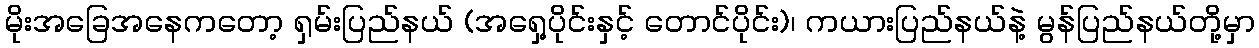
မိုးအခြေအနေကတော့ ရှမ်းပြည်နယ် (အရှေ့ပိုင်းနှင့် တောင်ပိုင်း)၊ ကယားပြည်နယ်နဲ့ မွန်ပြည်နယ်တို့မှာ